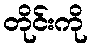
တိုင်းကို